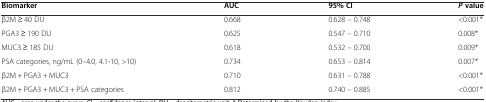
<table><thead><tr><td><b>Biomarker</b></td><td><b>AUC</b></td><td><b>95% CI</b></td><td><b><i>P</i>value</b></td></tr></thead><tbody><tr><td>β2M ≥ 40 DU</td><td>0.668</td><td>0.628 – 0.748</td><td>&lt;0.001*</td></tr><tr><td>PGA3 ≥ 190 DU</td><td>0.625</td><td>0.547 – 0.710</td><td>0.008*</td></tr><tr><td>MUC3 ≥ 185 DU</td><td>0.618</td><td>0.532 – 0.700</td><td>0.009*</td></tr><tr><td>PSA categories, ng/mL (0–4.0, 4.1-10, &gt;10)</td><td>0.734</td><td>0.653 – 0.814</td><td>0.007*</td></tr><tr><td>β2M + PGA3 + MUC3</td><td>0.710</td><td>0.631 – 0.788</td><td>&lt;0.001*</td></tr><tr><td>β2M + PGA3 + MUC3 + PSA categories</td><td>0.812</td><td>0.740 – 0.885</td><td>&lt;0.001*</td></tr></tbody></table>